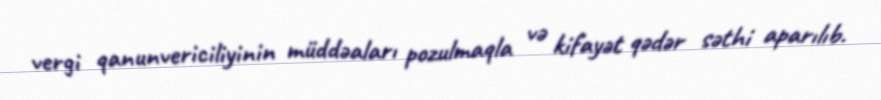
vergi qanunvericiliyinin müddəaları pozulmaqla və kifayət qədər səthi aparılıb.